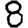
Digit: 8